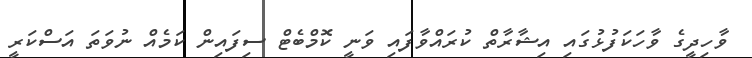
ވާހިދީގެ ވާހަކަފުޅުގައި އިޝާރާތް ކުރައްވާފައި ވަނީ ކޮމްބެޓް ސިފައިން ކަމެއް ނުވަތަ އަސްކަރީ